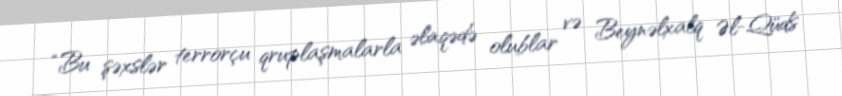
“Bu şəxslər terrorçu qruplaşmalarla əlaqədə olublar və Beynəlxalq Əl-Qüds